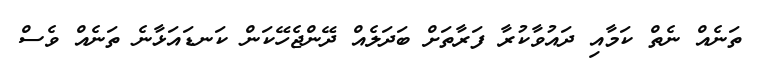
ތަނެއް ނެތް ކަމާއި ދައުވާކުރާ ފަރާތަށް ބަދަލެއް ދޭންޖެހޭކަން ކަނޑައަޅާނެ ތަނެއް ވެސް